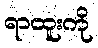
ရာထူးကို